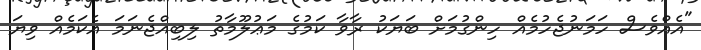
"އެއްވެސް ހަމަނުޖެހުމެއް ހިންގުމަށް ބަޔަކު ރާވާ ކަމުގެ މަޢުލޫމާތު ލިބިއްޖެނަމަ އެކަމެއް ވިޔަ